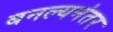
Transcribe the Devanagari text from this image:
बनल्यनंतर